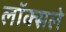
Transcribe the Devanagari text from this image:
लॉक्सले